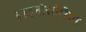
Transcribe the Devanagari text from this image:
डाइनोसॉरिया